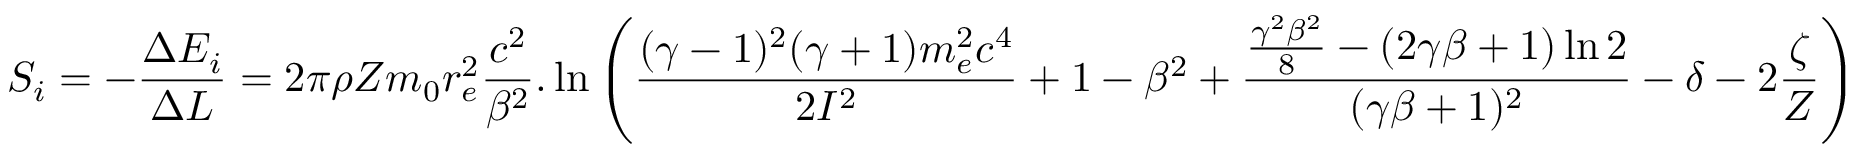
S _ { i } = - \frac { \Delta E _ { i } } { \Delta L } = 2 \pi \rho Z m _ { 0 } r _ { e } ^ { 2 } \frac { c ^ { 2 } } { \beta ^ { 2 } } . \ln \left( \frac { ( \gamma - 1 ) ^ { 2 } ( \gamma + 1 ) m _ { e } ^ { 2 } c ^ { 4 } } { 2 I ^ { 2 } } + 1 - \beta ^ { 2 } + \frac { \frac { \gamma ^ { 2 } \beta ^ { 2 } } { 8 } - ( 2 \gamma \beta + 1 ) \ln 2 } { ( \gamma \beta + 1 ) ^ { 2 } } - \delta - 2 \frac { \zeta } { Z } \right)